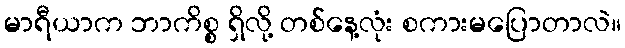
မာရီယာက ဘာကိစ္စ ရှိလို့ တစ်နေ့လုံး စကားမပြောတာလဲ။